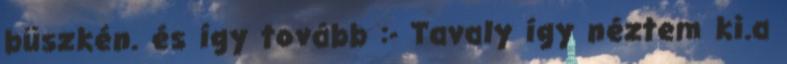
büszkén. és így tovább :- Tavaly így néztem ki.a